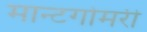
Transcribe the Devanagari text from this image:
मान्टगोमरी